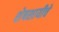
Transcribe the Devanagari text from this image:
शेषशायीचे